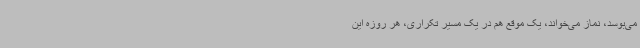
می‌بوسد، نماز می‌خواند، یک موقع هم در یک مسیر تکراری، هر روزه این